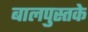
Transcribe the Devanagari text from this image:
बालपुस्तके